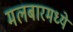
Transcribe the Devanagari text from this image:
मलबारमध्ये